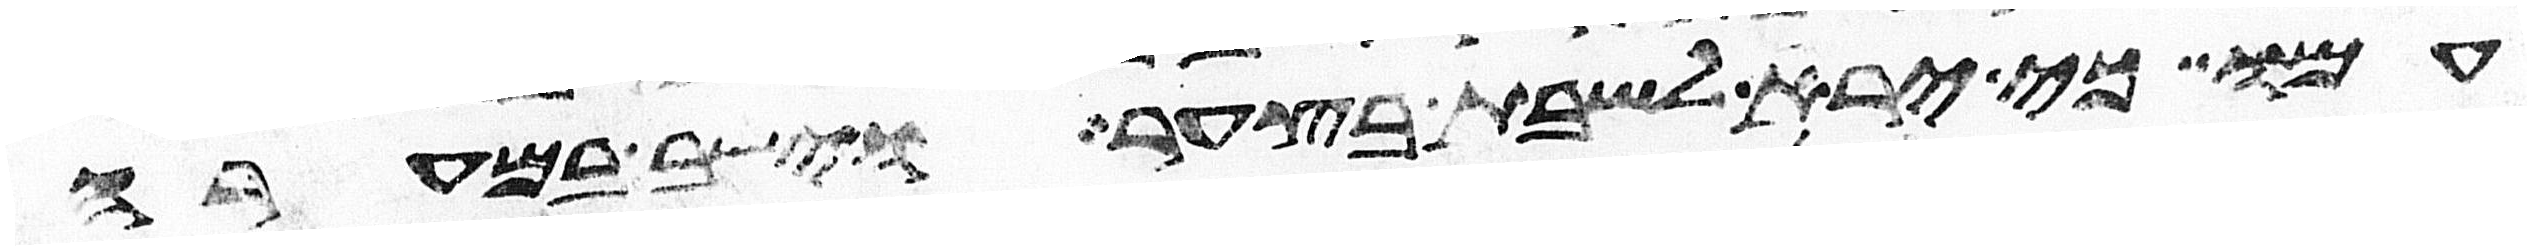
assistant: עמו כי ירא לשבת בצער וישב במערה